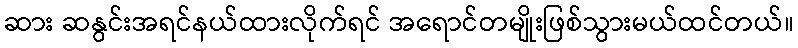
ဆား ဆနွင်းအရင်နယ်ထားလိုက်ရင် အရောင်တမျိုးဖြစ်သွားမယ်ထင်တယ်။